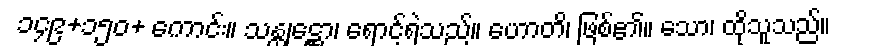
၁၄၉+၁၅၀+ ကောင်း။ သန္တုဋ္ဌော၊ ရောင့်ရဲသည်။ ဟောတိ၊ ဖြစ်၏။ သော၊ ထိုသူသည်။